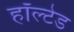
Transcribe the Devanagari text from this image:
हॉल्टेड